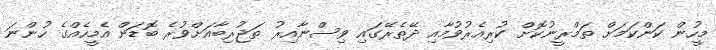
މީހުން ކަންކަމަށް ތަމްރީނުކޮށް ކުރިއެރުވުމާއި ދޭތެރޭގައި ވިސްނާއިރު ތަޖުރިބާއަށްވުރެ ބޮޑަށް އެމީހެއްގެ ހުންނަ